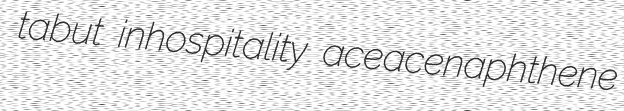
tabut inhospitality aceacenaphthene